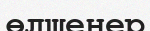
өлшенер